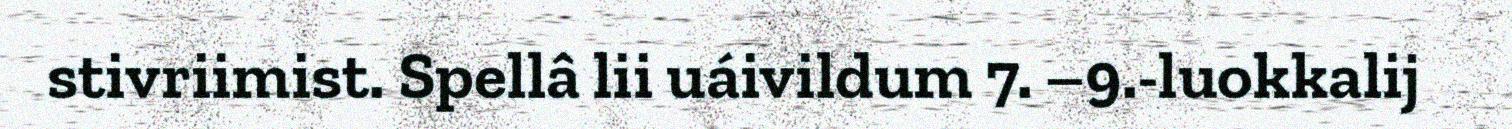
stivriimist. Spellâ lii uáivildum 7. –9.-luokkalij